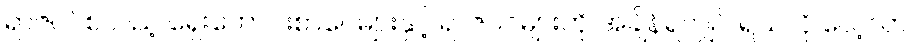
ရာဇဝင်စသည့် ရှေးဟောင်းစာပေများနှင့် ရာဇဝင်များကို အချိန်ရလျှင် ရသလို လေ့လာ